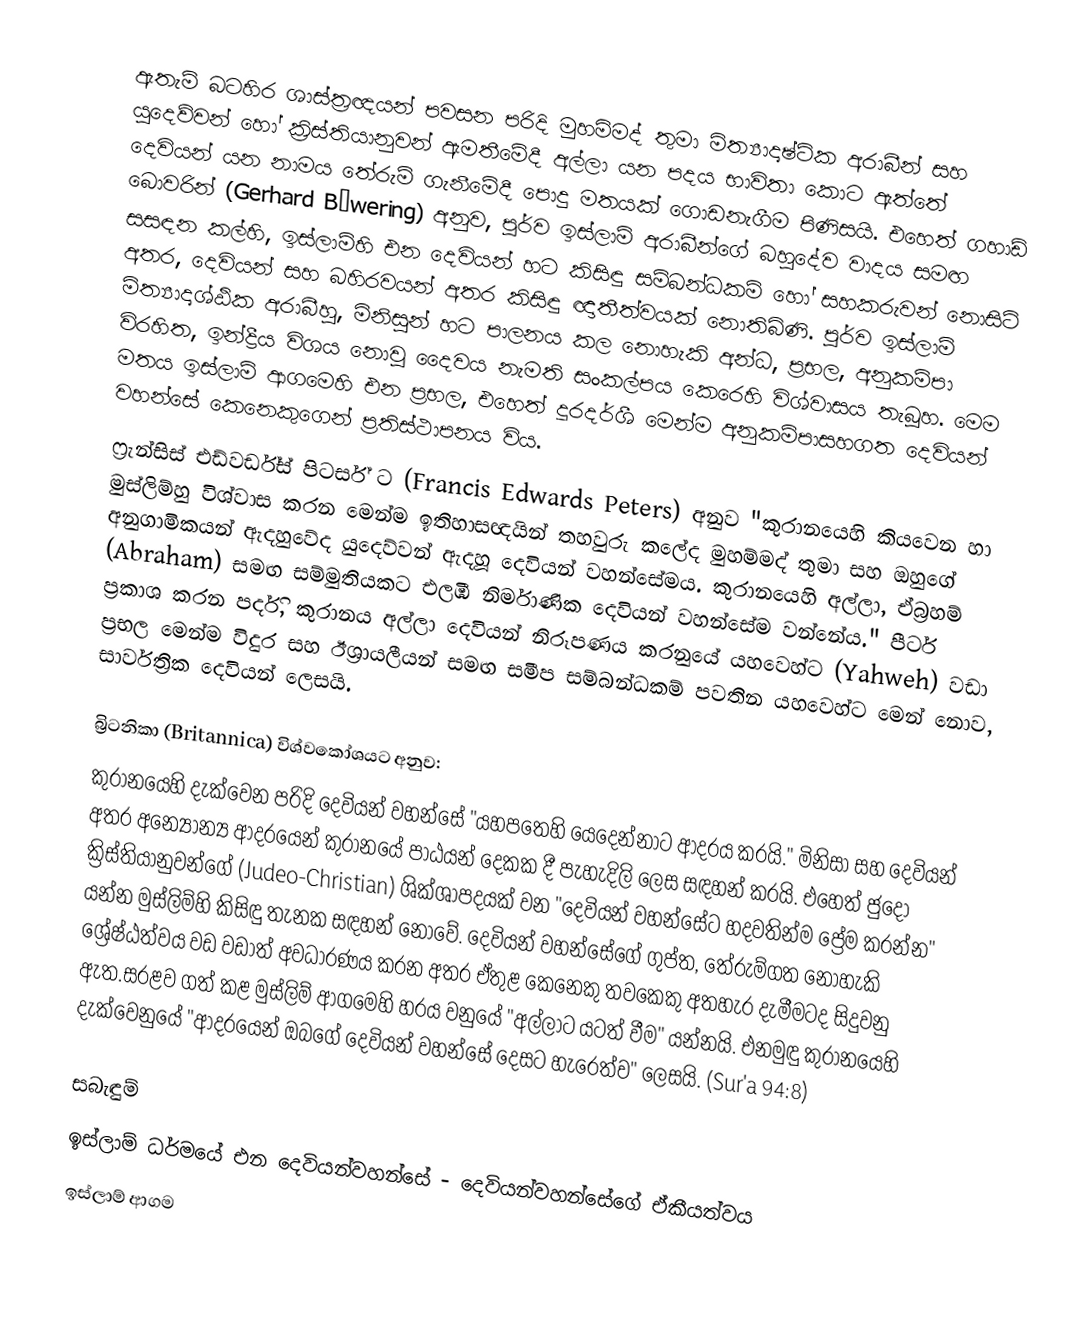
ඇතැ‍ම් බටහිර ශාස්ත්‍රඥයන් පවසන පරිදි මුහමිමද් තුමා මිත්‍යාදෘෂ්ටික අරාබීන් සහ යුදෙව්වන් හෝ ක්‍රිස්තියානුවන් ඇමතීමේදී අල්ලා යන පදය භාවිතා කොට ඇත්තේ දෙවියන් යන නාමය ‍තේරුම් ගැනීමේදී පොදු මතයක් ගොඩනැගීම පිණිසයි. එහෙත් ගහාඩ් බොවරින් (Gerhard Böwering) අනුව, පූර්ව ඉස්ලාම් අරාබීන්ගේ බහුදේව වාදය සමඟ සසඳන කල්හි, ඉස්ලාම්හි එන දෙවියන් හ‍ට කිසිඳු ස‍ම්බන්ධකම් හෝ සහකරුව‍න්  නොසි‍ටි අතර, දෙවියන් ස‍හ බහිරවයන් අතර කිසිඳු ඥාතීත්වයක් නොතිබිණි. පූර්ව ඉස්ලාම් මිත්‍යාදෘශ්ඨික අරාබීහු, මිනිසුන් හට පාලනය කල නොහැකි අන්ධ, ප්‍රභල, අනුකම්පා විරහිත, ඉන්ද්‍රීය විශය නොවූ දෛවය නැමති සංකල්පය කෙරෙහි විශ්වාසය තැබූහ. මෙම මතය ඉස්ලාම් ආගමෙහි එන ප්‍රභල, එහෙත් දූරදර්ශී මෙන්ම අනුකම්පාසහගත දෙවියන් වහන්සේ කෙනෙකුගෙන් ප්‍රතිස්ථාපනය විය.
ෆ්‍රැන්සිස් එඩ්වර්ඩ්ස් පිටර්ස් ට (Francis Edwards Peters) අනුව "කුරානයෙහි කියවෙන හා මුස්ලිම්හු විශ්වාස කරන මෙන්ම ඉතිහාසඥයින් තහවුරු කලේද මුහම්මද් තුමා සහ ඔහුගේ අනුගාමිකයන් ඇදහුවේද යුදෙව්වන් ඇදහූ දෙවියන් වහන්සේමය. කුරානයෙහි අල්ලා, ඒබ්‍රහම් (Abraham) සමඟ සම්මුතියකට එලඹි නිර්මාණික දෙවියන් වහන්සේම වන්නේය." පීටර් ප්‍රකාශ කරන පර්දි, කුරානය අල්ලා දෙවියන් නිරූපණය කරනුයේ යහවෙහ්ට (Yahweh) වඩා ප්‍රභල මෙන්ම විදුර සහ ඊශ්‍රායලීයන් සමඟ සමීප සම්බන්ධකම් පවතින යහවෙහ්ට මෙන් නොව, සාර්වත්‍රික දෙවියන් ලෙසයි.

බ්‍රිටනිකා (Britannica) විශ්වකෝශයට අනුව:
කුරානයෙහි දැක්වෙන පරිදි දෙවියන් වහන්සේ "යහපතෙහි යෙදෙන්නාට ආදරය කරයි." මිනිසා සහ දෙවියන් අතර අන්‍යෝන්‍ය ආදරයෙන් කුරානයේ පාඨයන් දෙකක දී පැහැදිලි ලෙස සඳහන් කරයි. එහෙත් ජුදෝ ක්‍රිස්තියානුවන්ගේ (Judeo-Christian) ශික්ශාපදයක් වන "දෙවියන් වහන්සේට හදවතින්ම ප්‍රේම කරන්න" යන්න මුස්ලිම්හි කිසිඳු තැනක සඳහන් නොවේ. දෙවියන් වහන්සේගේ ගුප්ත, තේරුම්ගත නොහැකි ශ්‍රේෂ්ඨත්වය වඩ වඩාත් අවධාරණය කරන අතර ඒතුළ කෙනෙකු තවකෙකු අතහැර දැමීමටද සිදුවනු ඇත.සරළව ගත් කළ මුස්ලිම් ආගමෙහි හරය වනුයේ "අල්ලාට යටත් වීම" යන්නයි. එනමුඳු කුරානයෙහි දැක්වෙනුයේ "ආදරයෙන් ඔබගේ දෙවියන් වහන්සේ දෙසට හැරෙත්ව" ලෙසයි. (Sur'a 94:8)

සබැඳුම්
 ඉස්ලාම් ධර්මයේ එන දෙවියන්වහන්සේ - දෙවියන්වහන්සේගේ ඒකීයත්වය
ඉස්ලාම් ආගම